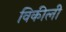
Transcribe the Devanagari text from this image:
विकीली